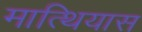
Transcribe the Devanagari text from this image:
मात्थियास